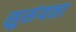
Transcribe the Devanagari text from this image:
सुसंयत्ता